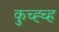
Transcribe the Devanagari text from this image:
कुच्ह्च्ह